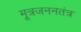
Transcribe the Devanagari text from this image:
मूत्रजननतंत्र